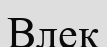
Влек